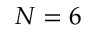
N = 6